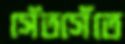
সেঁতসেঁতে